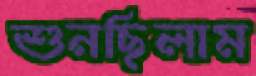
শুনছিলাম